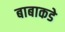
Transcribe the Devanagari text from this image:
बाबाकडे